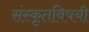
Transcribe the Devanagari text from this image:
संस्कृतविषयी